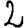
Digit: 2